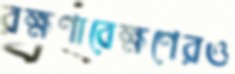
রক্ষণাবেক্ষণেরও